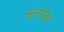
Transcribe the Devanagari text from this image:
श्वनटेक